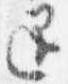
退